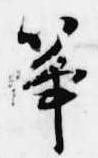
筝